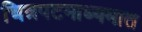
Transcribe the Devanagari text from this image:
चित्रपटमाध्यमात